Senior Leaving Certificate Examination (including Day School Certificate (Higher) General paper), 1950
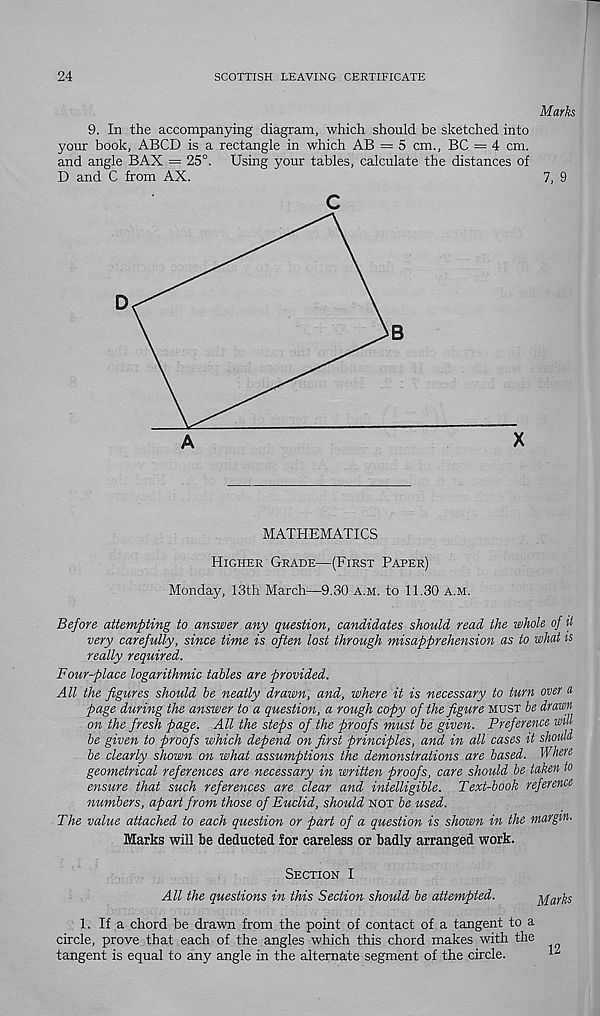
24
SCOTTISH LEAVING CERTIFICATE
Marks
9. In the accompanying diagram, which should be sketched into
your book, ABCD is a rectangle in which AB = 5 cm., BC = 4 cm.
and angle BAX = 25°. Using your tables, calculate the distances of
D and C from AX.
7, 9
MATHEMATICS
HIGHER GRADE—(FIRST PAPER)
Monday, 13th March—9.30 A.M. to 11.30 A.M.
Before attempting to answer any question, candidates should read the whole of it
very carefully, since time is often lost through misapprehension as to what is
really required.
Four-place logarithmic tables are provided.
All the figures should be neatly drawn, and, where it is necessary to turn over a
page during the answer to a question, a rough copy of the figure MUST be drawn
on the fresh page. All the steps of the proofs must be given. Preference will
be given to proofs which depend on first principles, and in all cases it should
be clearly shown on what assumptions the demonstrations are based. Where
geometrical references are necessary in written proofs, care should be taken to
ensure that such references are clear and intelligible. Text-book reference
numbers, apart from those of Euclid, should NOT be used.
The value attached to each question or part of a question is shown in the margin.
Marks will he deducted for careless or badly arranged work.
SECTION I
All the questions in this Section should be attempted.
Marks
1. If a chord be drawn from the point of contact of a tangent to a
circle, prove that each of the angles which this chord makes with the
tangent is equal to any angle in the alternate segment of the circle.